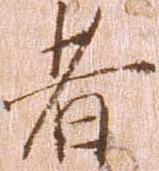
者